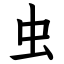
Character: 虫